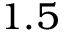
1 . 5